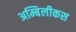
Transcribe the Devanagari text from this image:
अम्बिलीकस